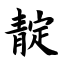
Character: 靛